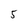
Character: 5